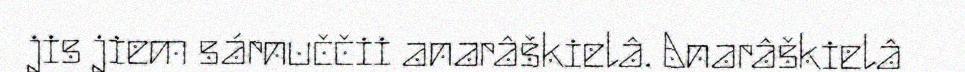
jis jiem sárnuččii anarâškielâ. Anarâškielâ